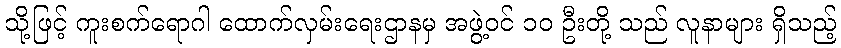
သို့ဖြင့် ကူးစက်ရောဂါ ထောက်လှမ်းရေးဌာနမှ အဖွဲ့ဝင် ၁၀ ဦးတို့ သည် လူနာများ ရှိသည့်